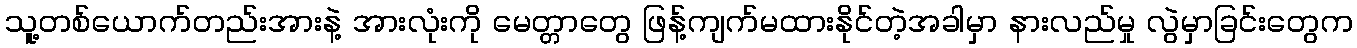
သူ့တစ်ယောက်တည်းအားနဲ့ အားလုံးကို မေတ္တာတွေ ဖြန့်ကျက်မထားနိုင်တဲ့အခါမှာ နားလည်မှု လွဲမှာခြင်းတွေက